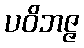
ပဝိဘဇ္ဇ